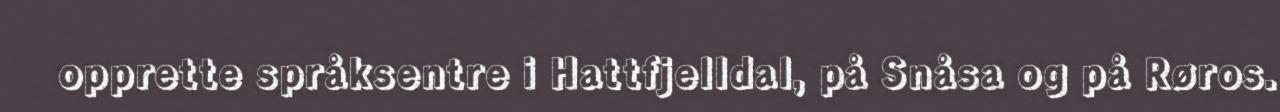
opprette språksentre i Hattfjelldal, på Snåsa og på Røros.